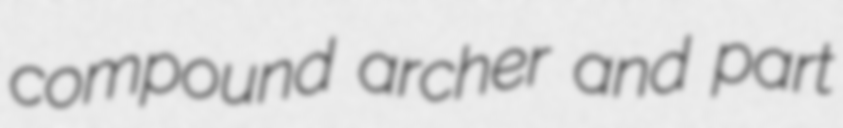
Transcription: compound archer and part